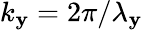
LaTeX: k_{\mathbf{y}}=2\pi/\lambda_{\mathbf{y}}